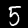
Label: 5